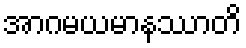
အာဂမယမာနဿာတိ